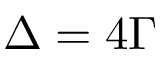
\Delta = 4 \Gamma